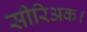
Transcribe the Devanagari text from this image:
सीरिअक।